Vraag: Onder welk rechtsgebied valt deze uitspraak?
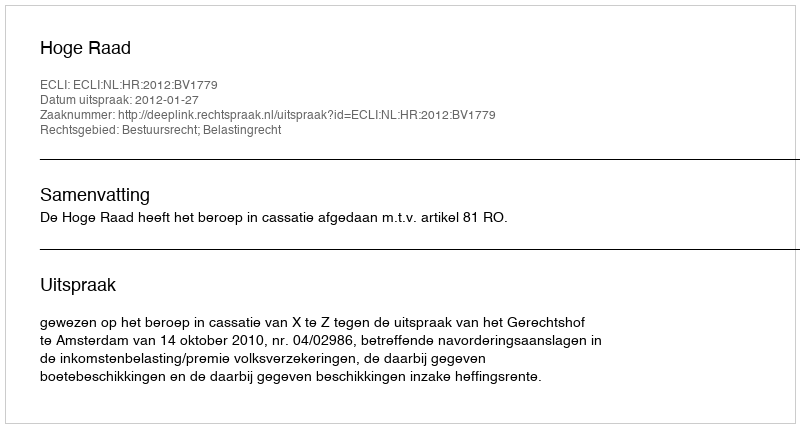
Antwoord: Bestuursrecht; Belastingrecht